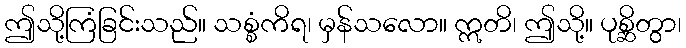
ဤသို့ကြံခြင်းသည်။ သစ္စံကိရ၊ မှန်သလော။ ဣတိ၊ ဤသို့။ ပုစ္ဆိတွာ၊